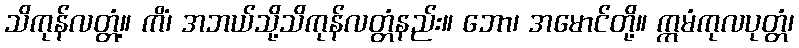
သိကုန်လတ္တံ့။ ကိံ၊ အဘယ်သို့သိကုန်လတ္တံနည်း။ ဘော၊ အမောင်တို့။ ဣမံကုလပုတ္တံ၊